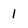
Character: 1